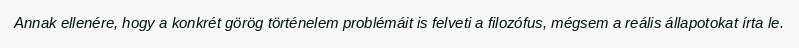
Annak ellenére, hogy a konkrét görög történelem problémáit is felveti a filozófus, mégsem a reális állapotokat írta le.